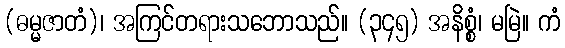
(ဓမ္မဇာတံ)၊ အကြင်တရားသဘောသည်။ (၃၄၅) အနိစ္စံ၊ မမြဲ။ ကံ